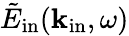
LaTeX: \tilde{E}_{\mathrm{in}}(\mathbf k_{\mathrm{in}},\omega)